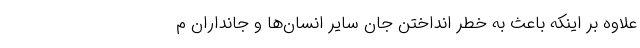
علاوه بر اینکه باعث به خطر انداختن جان سایر انسان‌ها و جانداران م